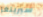
سبرينغز